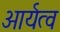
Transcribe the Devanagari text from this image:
आर्यत्व